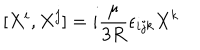
[ X ^ { i } , X ^ { j } ] = i { \frac { \mu } { 3 R } } \epsilon _ { i j k } X ^ { k }